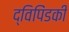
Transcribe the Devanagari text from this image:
द्विपिंडकी